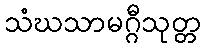
သံဃသာမဂ္ဂီသုတ္တ